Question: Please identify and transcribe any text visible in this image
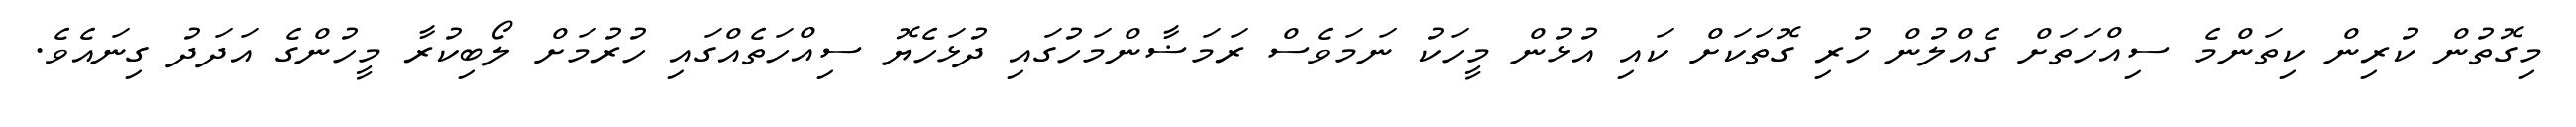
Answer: މިގޮތުން ކުރިން ކިތަންމެ ސިއްހަތަށް ގެއްލުން ހުރި ގޮތަކަށް ކައި އުޅުން މީހަކު ނަމަވެސް ރަމަޟާންމަހުގައި ދުޅަހެޔޮ ސިއްހަތެއްގައި ހުރުމަށް ލޯބިކުރާ މީހުންގެ އަދަދު ގިނައެވެ.